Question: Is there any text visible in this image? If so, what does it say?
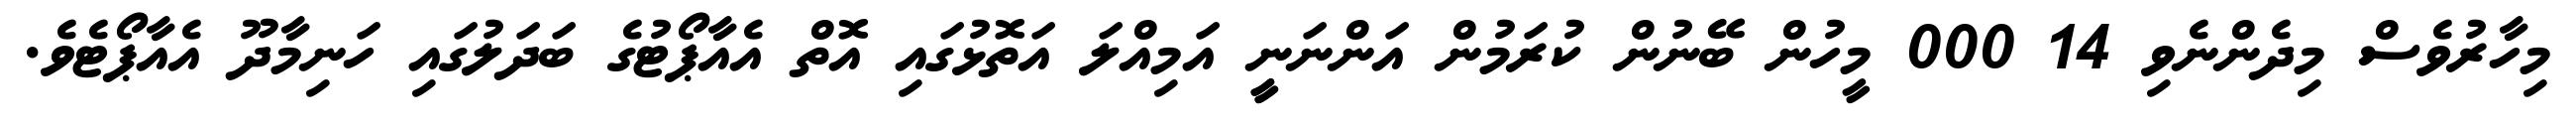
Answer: މިހާރުވެސް މިދެންނެވި 14 000 މީހުން ބޭނުން ކުރަމުން އަންނަނީީ އަމިއްލަ އަތޮޅުގައި އޮތް އެއާޕޯޓުގެ ބަދަލުގައި ހަނިމާދޫ އެއާޕޯޓެވެ.